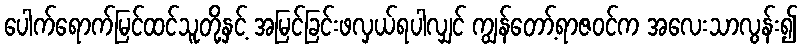
ပေါက်ရောက်မြင်ထင်သူတို့နှင့် အမြင်ခြင်းဖလှယ်ရပါလျှင် ကျွန်တော့်ရာဇဝင်က အလေးသာလွန်း၍